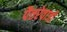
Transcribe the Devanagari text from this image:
पैतरेवाजी